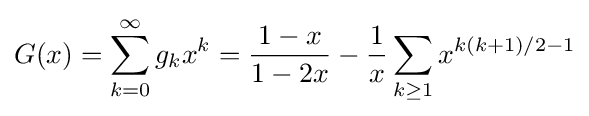
G(x)=\sum _{k=0}^{\infty }g_{k}x^{k}={\frac {1-x}{1-2x}}-{\frac {1}{x}}\sum _{k\geq 1}x^{k(k+1)/2-1}